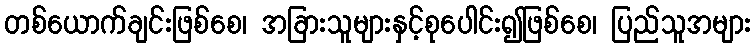
တစ်ယောက်ချင်းဖြစ်စေ၊ အခြားသူများနှင့်စုပေါင်း၍ဖြစ်စေ၊ ပြည်သူအများ